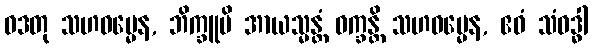
ဝဒတု သဟဓမ္မေန, ဘိက္ခူပိ အာယသ္မန္တံ ဝက္ခန္တိ သဟဓမ္မေန, ဧဝံ သံဝဒ္ဓါ